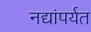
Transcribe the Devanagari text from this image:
नद्यांपर्यत